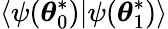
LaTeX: \langle\psi({\boldsymbol{\theta}}_{0}^{*})|\psi({\boldsymbol{\theta}}_{1}^{*})\rangle